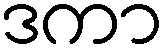
ဒကာ